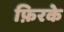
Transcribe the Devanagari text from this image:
फ़िरके